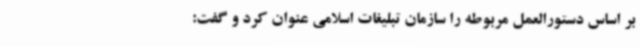
بر اساس دستورالعمل مربوطه را سازمان تبلیغات اسلامی عنوان کرد و گفت: